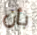
بأن